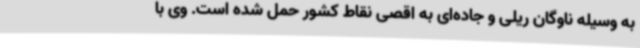
به وسیله ناوگان ریلی و جاده‌ای به اقصی نقاط کشور حمل شده است. وی با